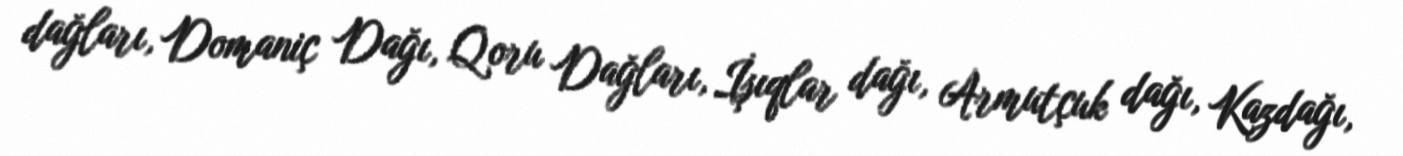
dağları, Domaniç Dağı, Qoru Dağları, İşıqlar dağı, Armutçuk dağı, Kazdağı,